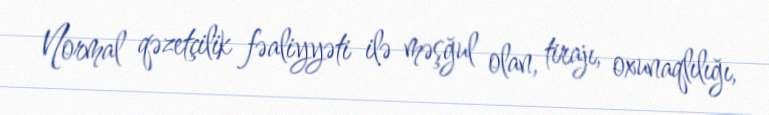
Normal qəzetçilik fəaliyyəti ilə məşğul olan, tirajı, oxunaqlılığı,